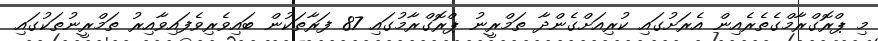
މި ޕްރޮގްރާމްގެތެރެއިން އެރަށުގައި ކުރިއަށްގެންދާ ތަމްރީނު ޕްރޮގްރާމުގައި 87 ފަރާތަކުން ބައިވެރިވެފައިވާއިރު ތަމްރީނުތަކުގައި